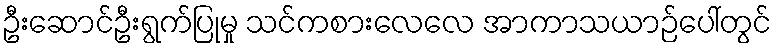
ဦးဆောင်ဦးရွက်ပြုမှု သင်ကစားလေလေ အာကာသယာဉ်ပေါ်တွင်